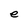
Character: e